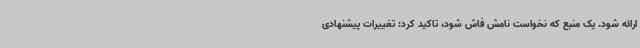
ارائه شود. یک منبع که نخواست نامش فاش شود، تاکید کرد: تغییرات پیشنهادی